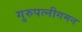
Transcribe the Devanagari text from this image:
गुरुपत्नीगमन